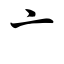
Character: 亠